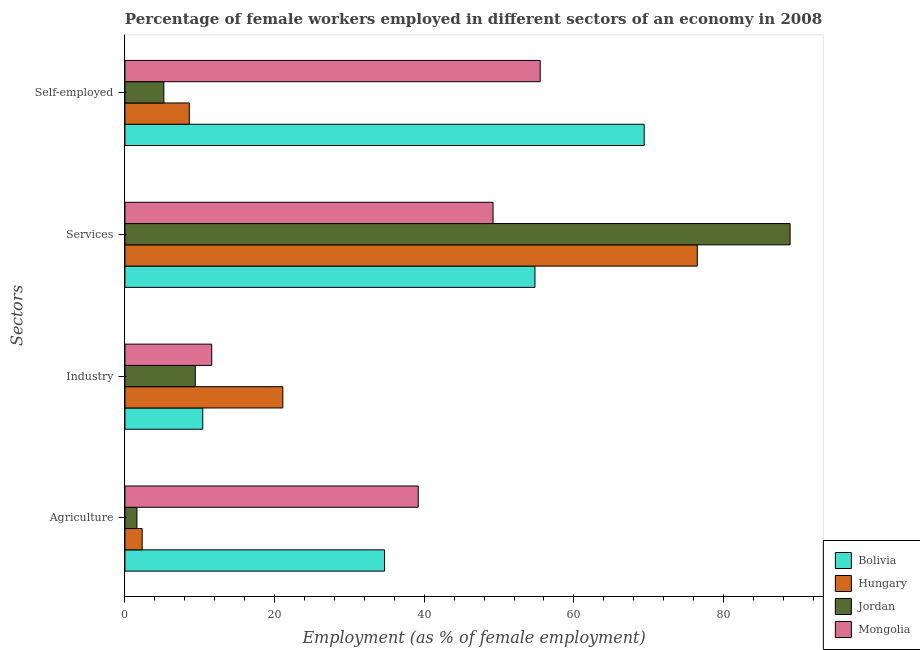
| Sectors | Bolivia | Hungary | Jordan | Mongolia |
 | --- | --- | --- | --- | --- |
 | Agriculture | 34.7 | 2.3 | 1.6 | 39.2 |
 | Industry | 10.4 | 21.1 | 9.4 | 11.6 |
 | Services | 54.8 | 76.5 | 88.9 | 49.2 |
 | Self-employed | 69.4 | 8.6 | 5.2 | 55.5 |